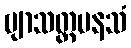
ဗျာသတ္တမနသံ